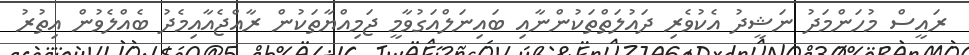
ރައީސް މުހަންމަދު ނަޝީދު އެކުވެރި ދައުލަތްތަކުންނާއި ބައިނަލްއަގުވާމީ ޖަމިއްޔާތަކުން ރާއްޖެއާއިމެދު ބެއްލެވުން އިތުރު